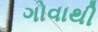
ગોવાથી